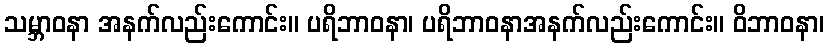
သမ္ဘာဝနာ အနက်လည်းကောင်း။ ပရိဘာဝနာ၊ ပရိဘာဝနာအနက်လည်းကောင်း။ ဝိဘာဝနာ၊